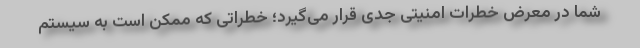
شما در معرض خطرات امنیتی جدی قرار می‌گیرد؛ خطراتی که ممکن است به سیستم